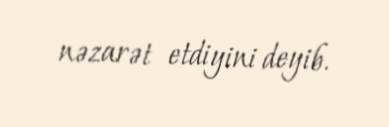
nəzarət etdiyini deyib.